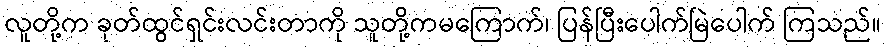
လူတို့က ခုတ်ထွင်ရှင်းလင်းတာကို သူတို့ကမကြောက်၊ ပြန်ပြီးပေါက်မြဲပေါက် ကြသည်။